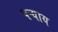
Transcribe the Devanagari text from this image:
पऱ्याय